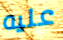
عليه